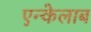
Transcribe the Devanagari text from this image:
एन्केलाब